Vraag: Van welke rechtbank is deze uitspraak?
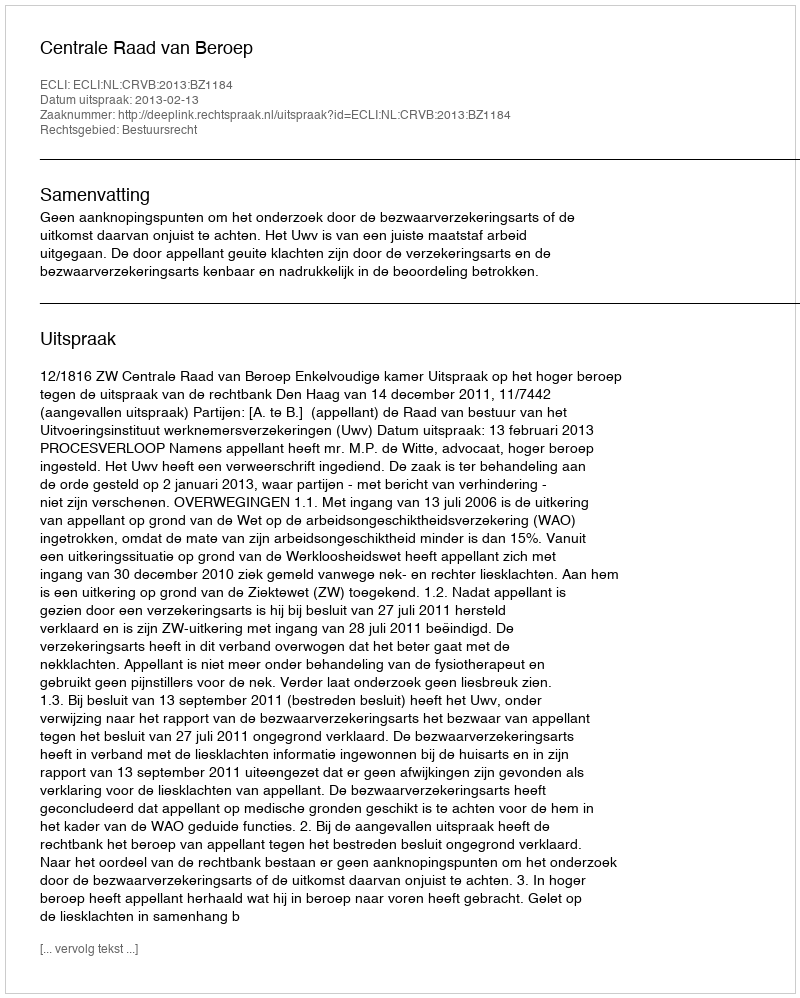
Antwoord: Centrale Raad van Beroep